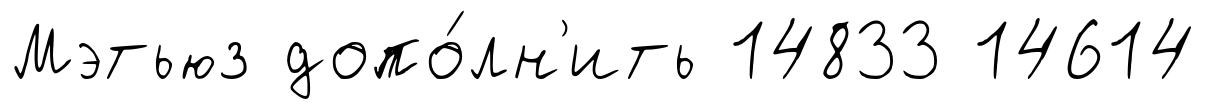
Мэтьюз допо́лн'ить 14833 14614